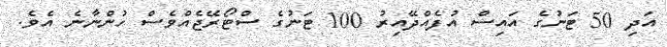
އަދި 50 ޓަނުގެ އައިސް އުފެއްދޭއިރު 100 ޓަނުގެ ސްޓޯރޭޖެއްވެސް ހުންނާނެ އެވެ.